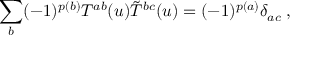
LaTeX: \sum _ { b } ( - 1 ) ^ { p ( b ) } T ^ { a b } ( u ) \tilde { T } ^ { b c } ( u ) = ( - 1 ) ^ { p ( a ) } \delta _ { a c } \; ,